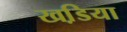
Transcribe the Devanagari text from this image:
खडि़या